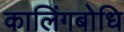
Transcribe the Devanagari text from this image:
कालिंगबोधि